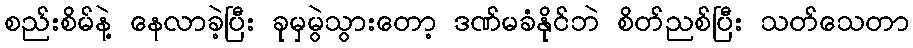
စည်းစိမ်နဲ့ နေလာခဲ့ပြီး ခုမှမွဲသွားတော့ ဒဏ်မခံနိုင်ဘဲ စိတ်ညစ်ပြီး သတ်သေတာ